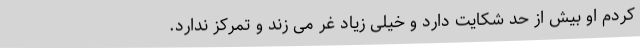
کردم او بیش از حد شکایت دارد و خیلی زیاد غر می زند و تمرکز ندارد.